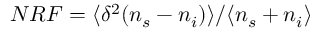
N R F = \langle \delta ^ { 2 } ( n _ { s } - n _ { i } ) \rangle / \langle n _ { s } + n _ { i } \rangle